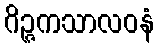
ဂိဉ္ဇကသာလဝနံ